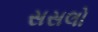
સસલો